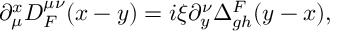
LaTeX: \partial _ { \mu } ^ { x } { \cal D } _ { F } ^ { \mu \nu } ( x - y ) = i \xi \partial _ { y } ^ { \nu } \Delta _ { g h } ^ { F } ( y - x ) ,